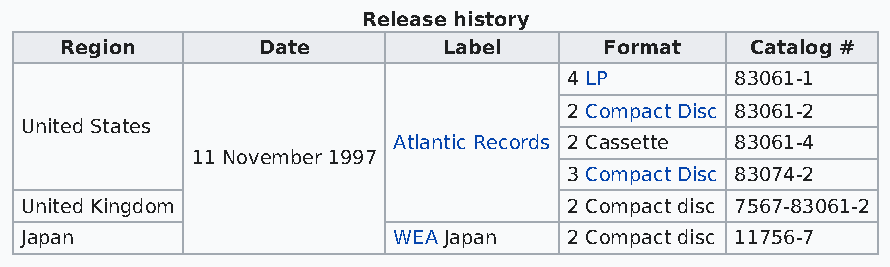
Release history
 Region       Date        Label      Format    Catalog #
 4 LP       83061-1
 2 Compact Disc 83061-2
 United States
 Atlantic Records 2 Cassette 83061-4
 11 November 1997
 3 Compact Disc 83074-2
 United Kingdom                       2 Compact disc 7567-83061-2
 Japan                    WEA Japan   2 Compact disc 11756-7